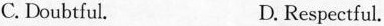
c.Doubtful. D. Respectful.